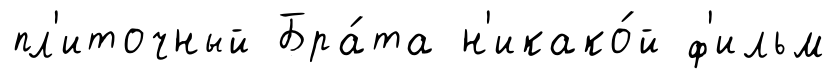
пл'иточный Бра́та н'икако́й ф'ильм